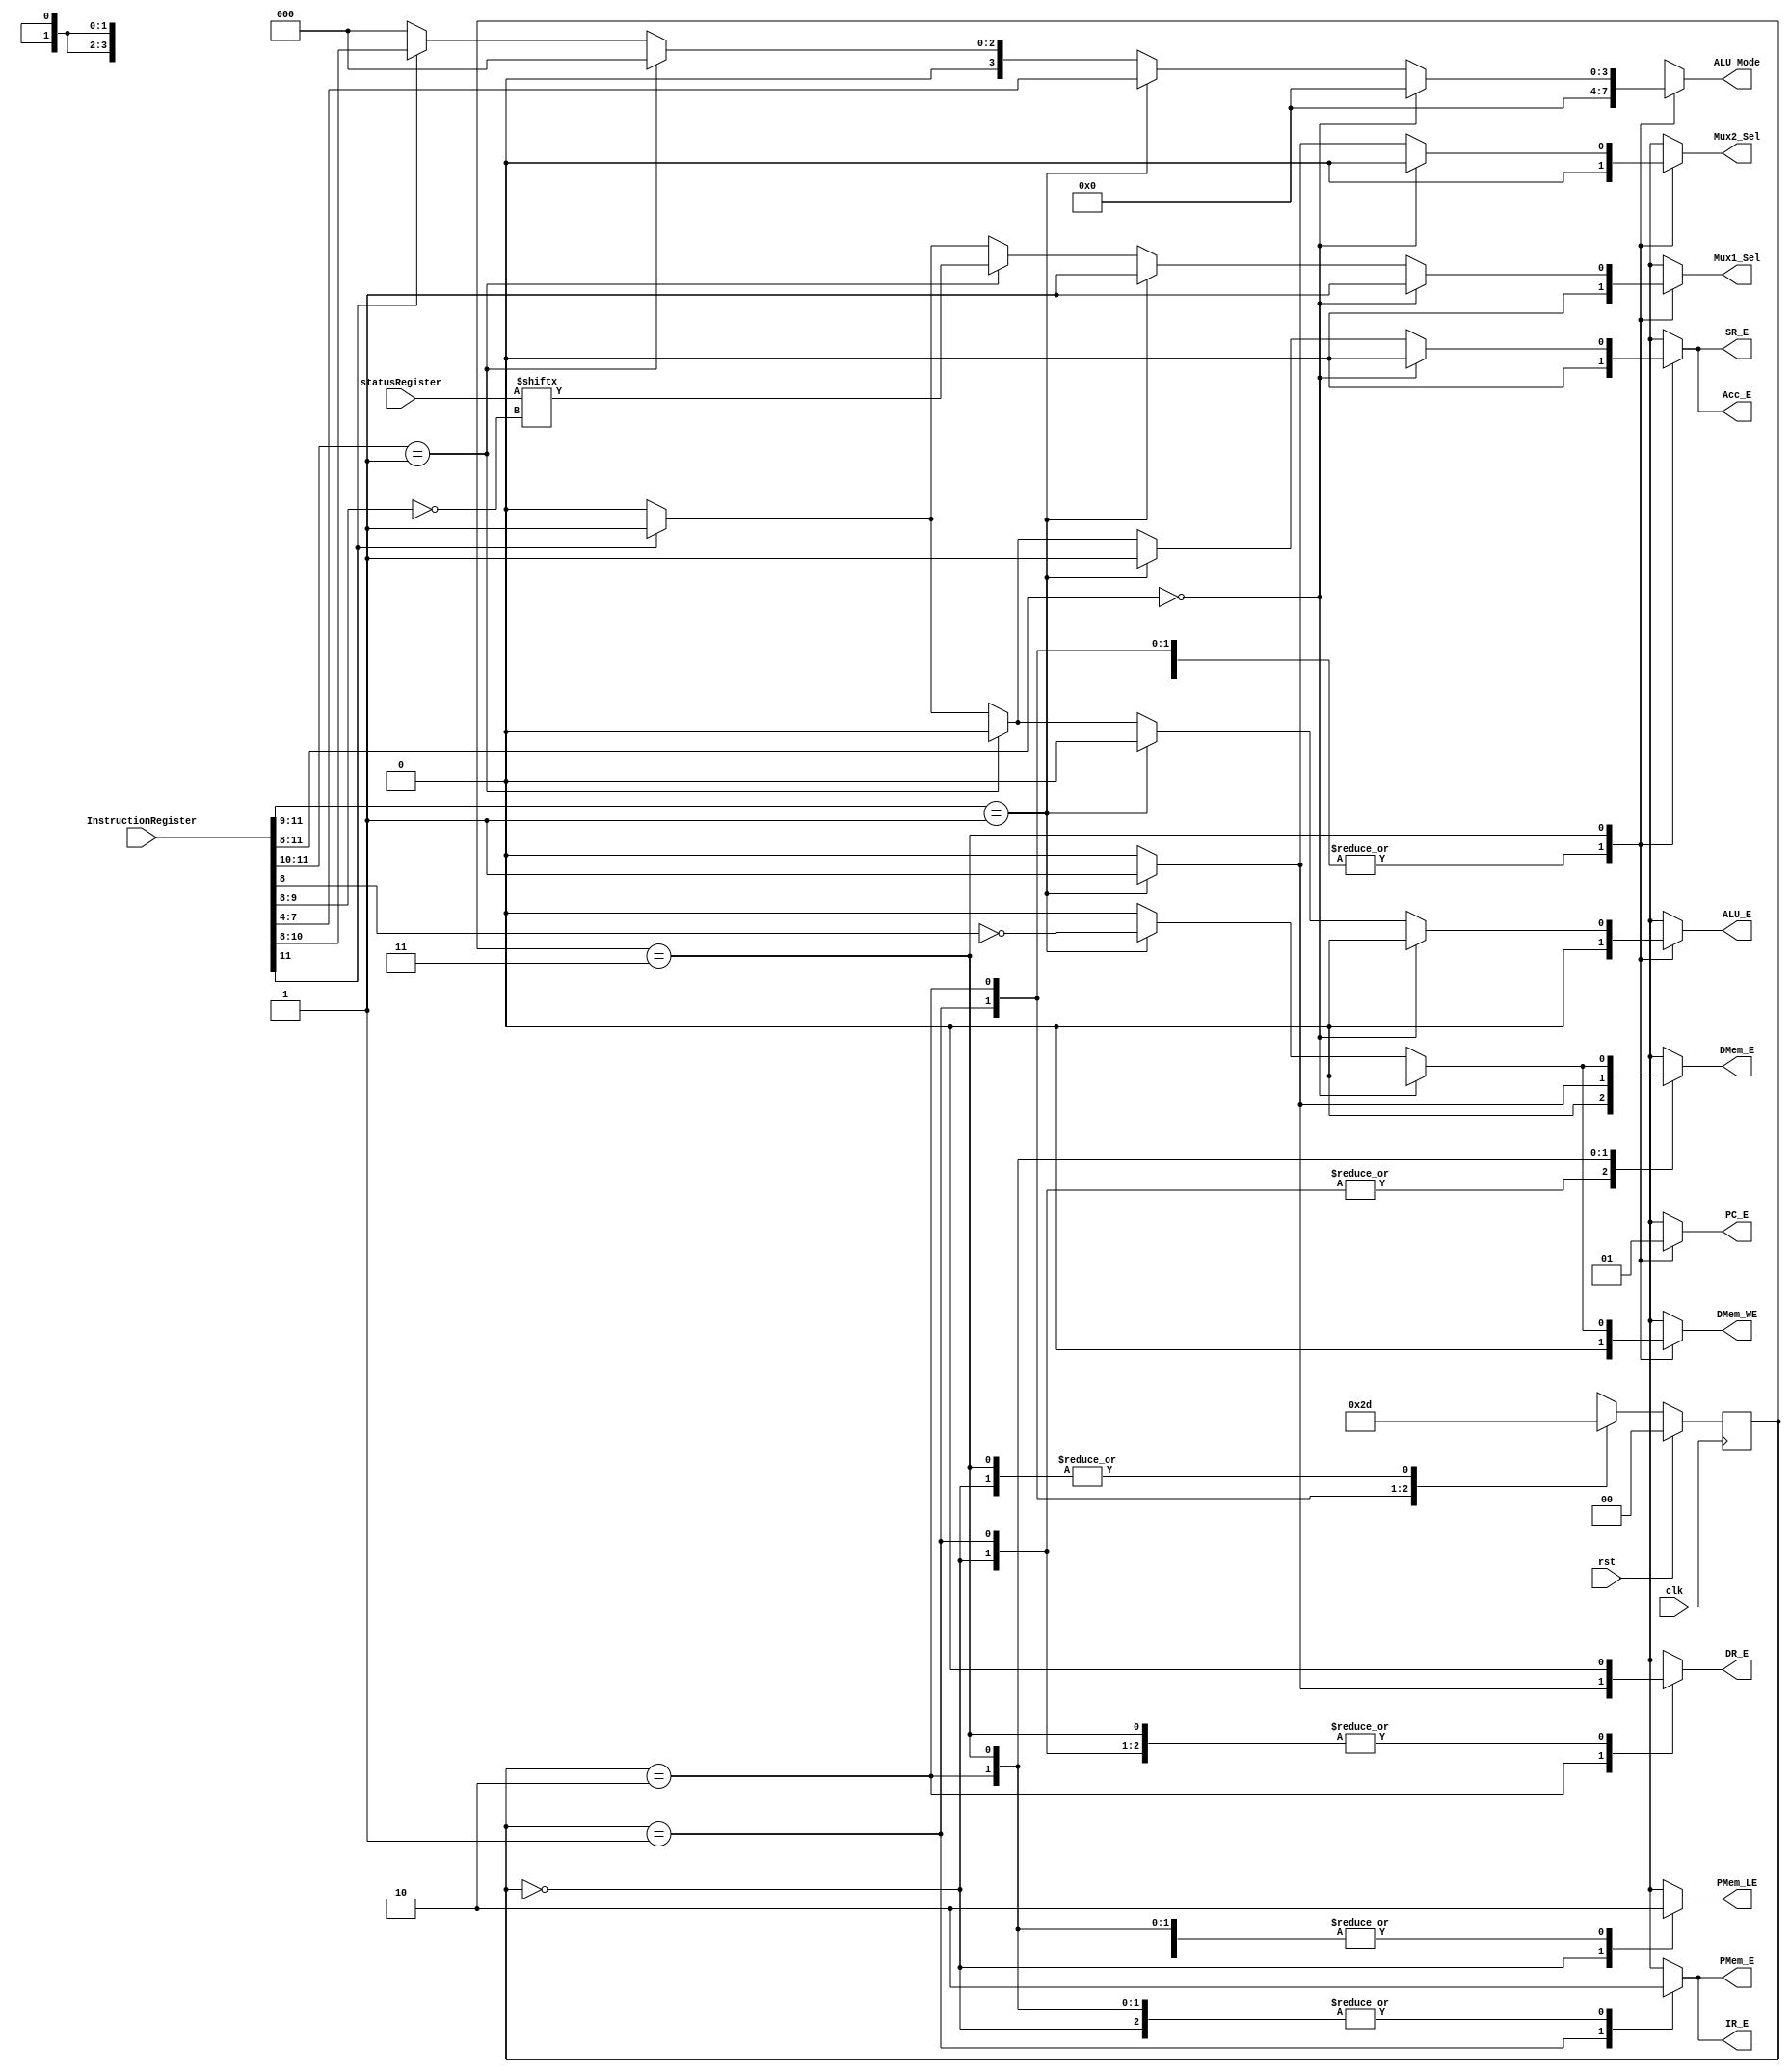
module control_unit (
    output reg PC_E,
    output reg Acc_E,
    output reg SR_E,
    output reg IR_E,
    output reg DR_E,
    output reg PMem_E,
    output reg DMem_E,
    output reg DMem_WE,
    output reg ALU_E,
    output reg [3:0] ALU_Mode,
    output reg Mux1_Sel,
    output reg Mux2_Sel,
    output reg PMem_LE,
    input [3:0] statusRegister,
    input [11:0] InstructionRegister,
    input rst,
    input clk );
    parameter LOAD = 0, FETCH = 1, DECODE = 2, EXECUTE = 3;
    reg [1:0] state,next;
    always @(posedge clk) begin
        if (rst) state <= LOAD;
        else state <= next;
    end
    always @(*) begin
        PC_E = 0;
        PC_E = 0;
        Acc_E = 0;
        SR_E = 0;
        IR_E = 0;
        DR_E = 0;
        PMem_E = 0;
        DMem_E = 0;
        DMem_WE = 0;
        ALU_E = 0;
        ALU_Mode = 0;
        Mux1_Sel = 0;
        Mux2_Sel = 0;
        PMem_LE = 0;
        case (state)
            LOAD: begin
                next = rst?LOAD:FETCH;
                PMem_LE = 1;
            end
            FETCH: begin
                next = DECODE;
                IR_E = 1;
                PMem_E = 1;
            end
            DECODE: begin
                next = EXECUTE;
                if (InstructionRegister[11:9] == 3'b001) begin
                    DR_E = 1;
                    DMem_E = 1;
                end
            end
            EXECUTE: begin
                next = FETCH;
                PC_E = 1;
                if (InstructionRegister[11:8] == 4'b0000) begin
                    Mux1_Sel = 1;
                end
                else if(InstructionRegister[11:9] == 3'b001) begin
                    Acc_E = InstructionRegister[8];
                    SR_E = 1;
                    DMem_E = ~InstructionRegister[8];
                    DMem_WE = ~InstructionRegister[8];
                    Acc_E = 1;
                    ALU_Mode = InstructionRegister[7:4];
                    Mux1_Sel = 1;
                    Mux2_Sel = 1;
                end
                else if(InstructionRegister[11:10] == 2'b01) begin
                    Mux1_Sel = statusRegister[~InstructionRegister[9:8]];
                end
                else if(InstructionRegister[11] == 1'b1) begin
                    Acc_E = 1;
                    SR_E = 1;
                    ALU_E = 1;
                    ALU_Mode =  InstructionRegister[10:8];
                    Mux1_Sel = 1;
                end
            end
        endcase
    end
endmodule